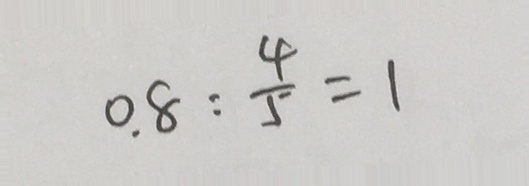
0 . 8 : \frac { 4 } { 5 } = 1